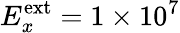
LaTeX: E_{x}^{\textrm{ext}}=1\times 10^{7}